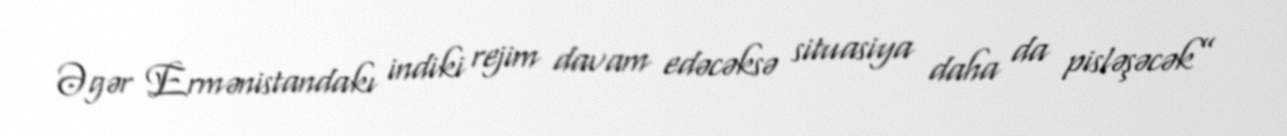
Əgər Ermənistandakı indiki rejim davam edəcəksə situasiya daha da pisləşəcək”